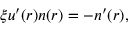
\xi u ^ { \prime } ( r ) n ( r ) = - n ^ { \prime } ( r ) ,